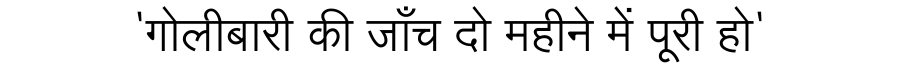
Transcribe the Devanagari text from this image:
'गोलीबारी की जाँच दो महीने में पूरी हो'